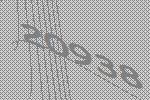
20938